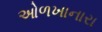
ઓળખાનારા